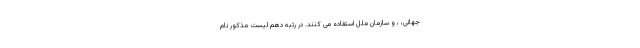
جهانی، ، و سازمان ملل استفاده می کنند. در رتبه دهم لیست مذکور نام